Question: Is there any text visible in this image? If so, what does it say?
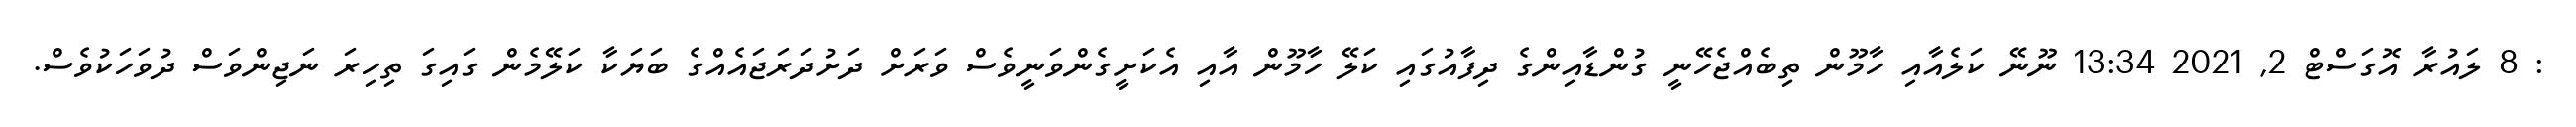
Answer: : 8 ލައުރާ އޮގަސްޓް 2, 2021 13:34 ނޫނޭ ކަލެއާއި ހާމޫން ތިބެއްޖެހޭނީ ގުންޑާއިންގެ ދިފާއުގައި ކަލޭ ހާމޫން އާއި އެކަށީގެންވަނީވެސް ވަރަށް ދަށުދަރަޖައެއްގެ ބަޔަކާ ކަލޭމެން ގައިގަ ތިހިރަ ނަޖިންވަސް ދުވަހަކުވެސް.